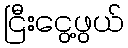
ငြီးငွေ့ဖွယ်